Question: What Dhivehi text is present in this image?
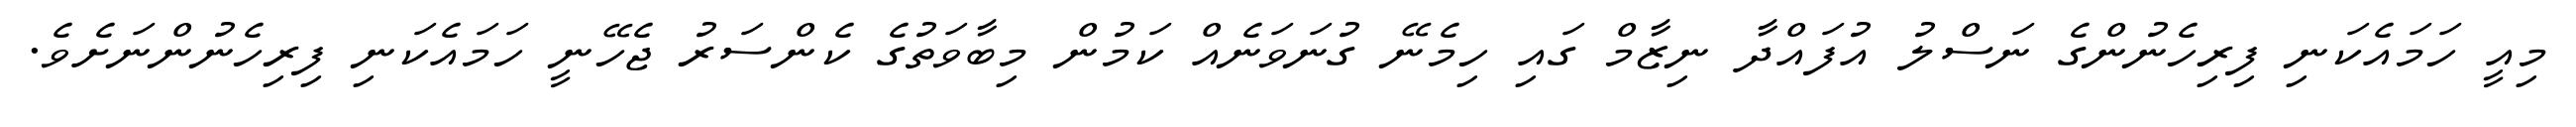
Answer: މިއީ ހަމައެކަނި ފިރިހެނުންގެ ނަސްލު އުފައްދާ ނިޒާމް ގައި ހިމެނޭ ގުނަވަނެއް ކަމުން މިބާވަތުގެ ކެންސަރު ޖެހޭނީ ހަމައެކަނި ފިރިހެނުންނަށެވެ.